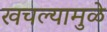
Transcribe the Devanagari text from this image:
खचल्यामुळे